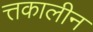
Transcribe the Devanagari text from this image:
त्तकालीन